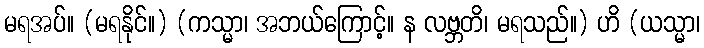
မရအပ်။ (မရနိုင်။) (ကသ္မာ၊ အဘယ်ကြောင့်။ န လဗ္ဘတိ၊ မရသည်။) ဟိ (ယသ္မာ၊